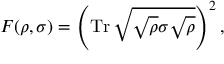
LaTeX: F ( \rho , \sigma ) = \left( \operatorname { T r } { \sqrt { { \sqrt { \rho } } \sigma { \sqrt { \rho } } } } \right) ^ { 2 } ,